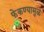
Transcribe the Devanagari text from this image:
फेकण्यामुळे